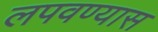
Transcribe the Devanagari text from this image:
लपवण्यास